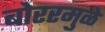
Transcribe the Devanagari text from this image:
बोररमुळे